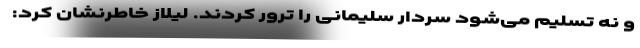
و نه تسلیم می‌شود سردار سلیمانی را ترور کردند. لیلاز خاطرنشان کرد: